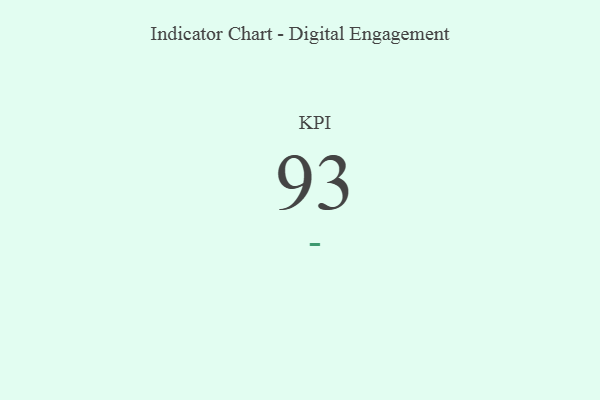
{"axis": {"x": "KPI", "y": "Value"}, "legend": [""], "data": [{"x": "KPI", "y": 93, "type": ""}]}